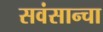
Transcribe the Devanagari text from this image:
सवंसान्चा